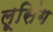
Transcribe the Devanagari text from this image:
लूसिंग